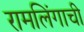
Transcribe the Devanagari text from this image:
रामलिंगाची